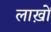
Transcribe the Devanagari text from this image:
लाख़ों